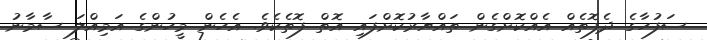
ސަފުހާގެ ދެފޮތެއް އެއްކޮށްގެން ތައްޔާރުކޮށްފައި އޮތް ފޮތެކެވެ. އެހެން މީހުންގެ އަމިއްލަ ސާމާނު